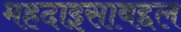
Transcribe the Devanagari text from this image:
महदाइसाबद्दल